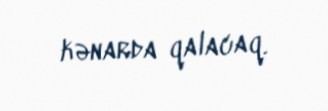
kənarda qalacaq.